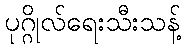
ပုဂ္ဂိုလ်ရေးသီးသန့်